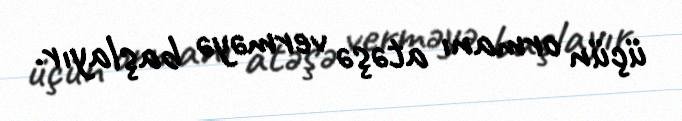
üçün ormanı atəşə verməyə başlayır.